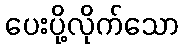
ပေးပို့လိုက်သော